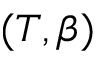
( T , \beta )